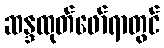
ဆန္ဒထုတ်ဖော်ရာတွင်